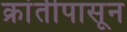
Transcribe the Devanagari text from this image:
क्रांतीपासून